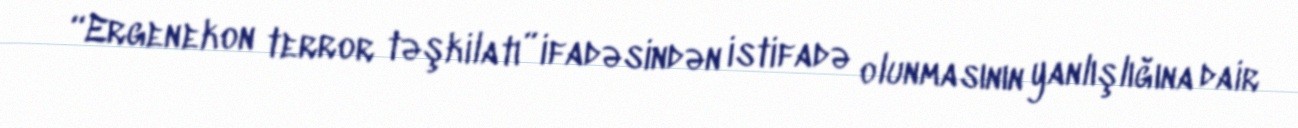
“Ergenekon terror təşkilatı” ifadəsindən istifadə olunmasının yanlışlığına dair